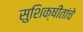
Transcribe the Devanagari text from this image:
सुशिक्षीतांचे